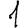
Digit: 1